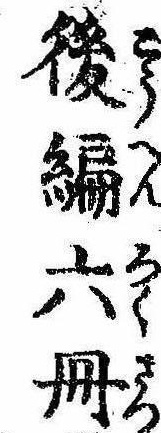
後編六冊